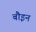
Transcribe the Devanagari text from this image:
बौइन